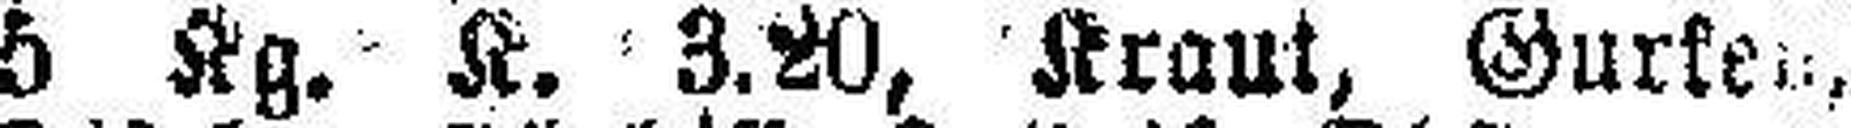
5 Kg. K. 3.20, Kraut, Gurken,